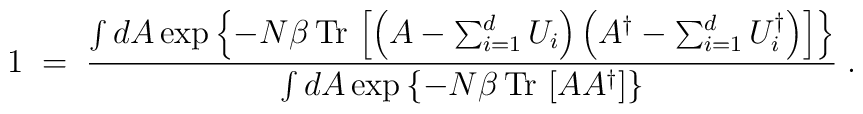
1\;=\;{\int d A \exp\left\{ -N\beta\,{\rm Tr} \,\left[ \left( A - \sum_{i=1}^d U_i\right)\left( A^\dagger - \sum_{i=1}^d U_i^\dagger\right)\right]\right\}\over\int d A \exp \left\{-N\beta\,{\rm Tr} \,\left[ A A^\dagger \right]\right\}}\;.